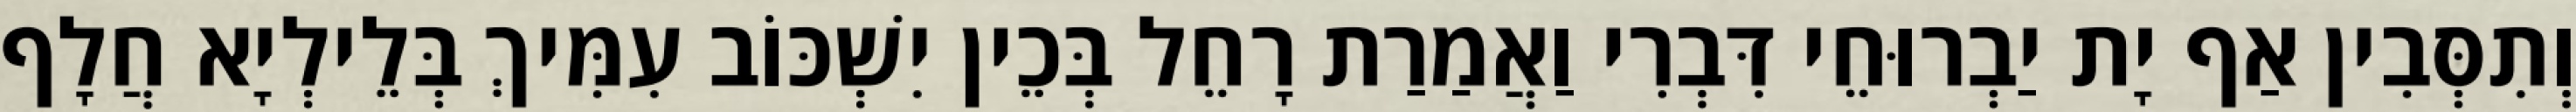
וְתִסְּבִין אַף יָת יַבְרוּחֵי דִּבְרִי וַאֲמַרַת רָחֵל בְּכֵין יִשְׁכּוֹב עִמִּיךְ בְּלֵילְיָא חֲלָף